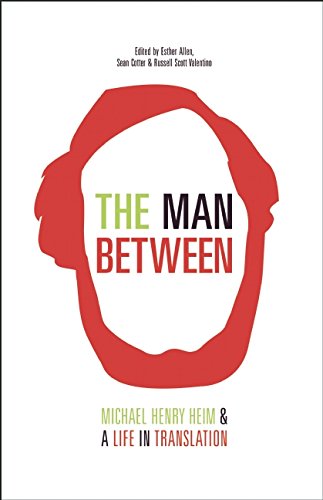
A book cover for The Man Between: Michael Henry Heim and a Life in Translation; Michael Henry Heim; Literature & Fiction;